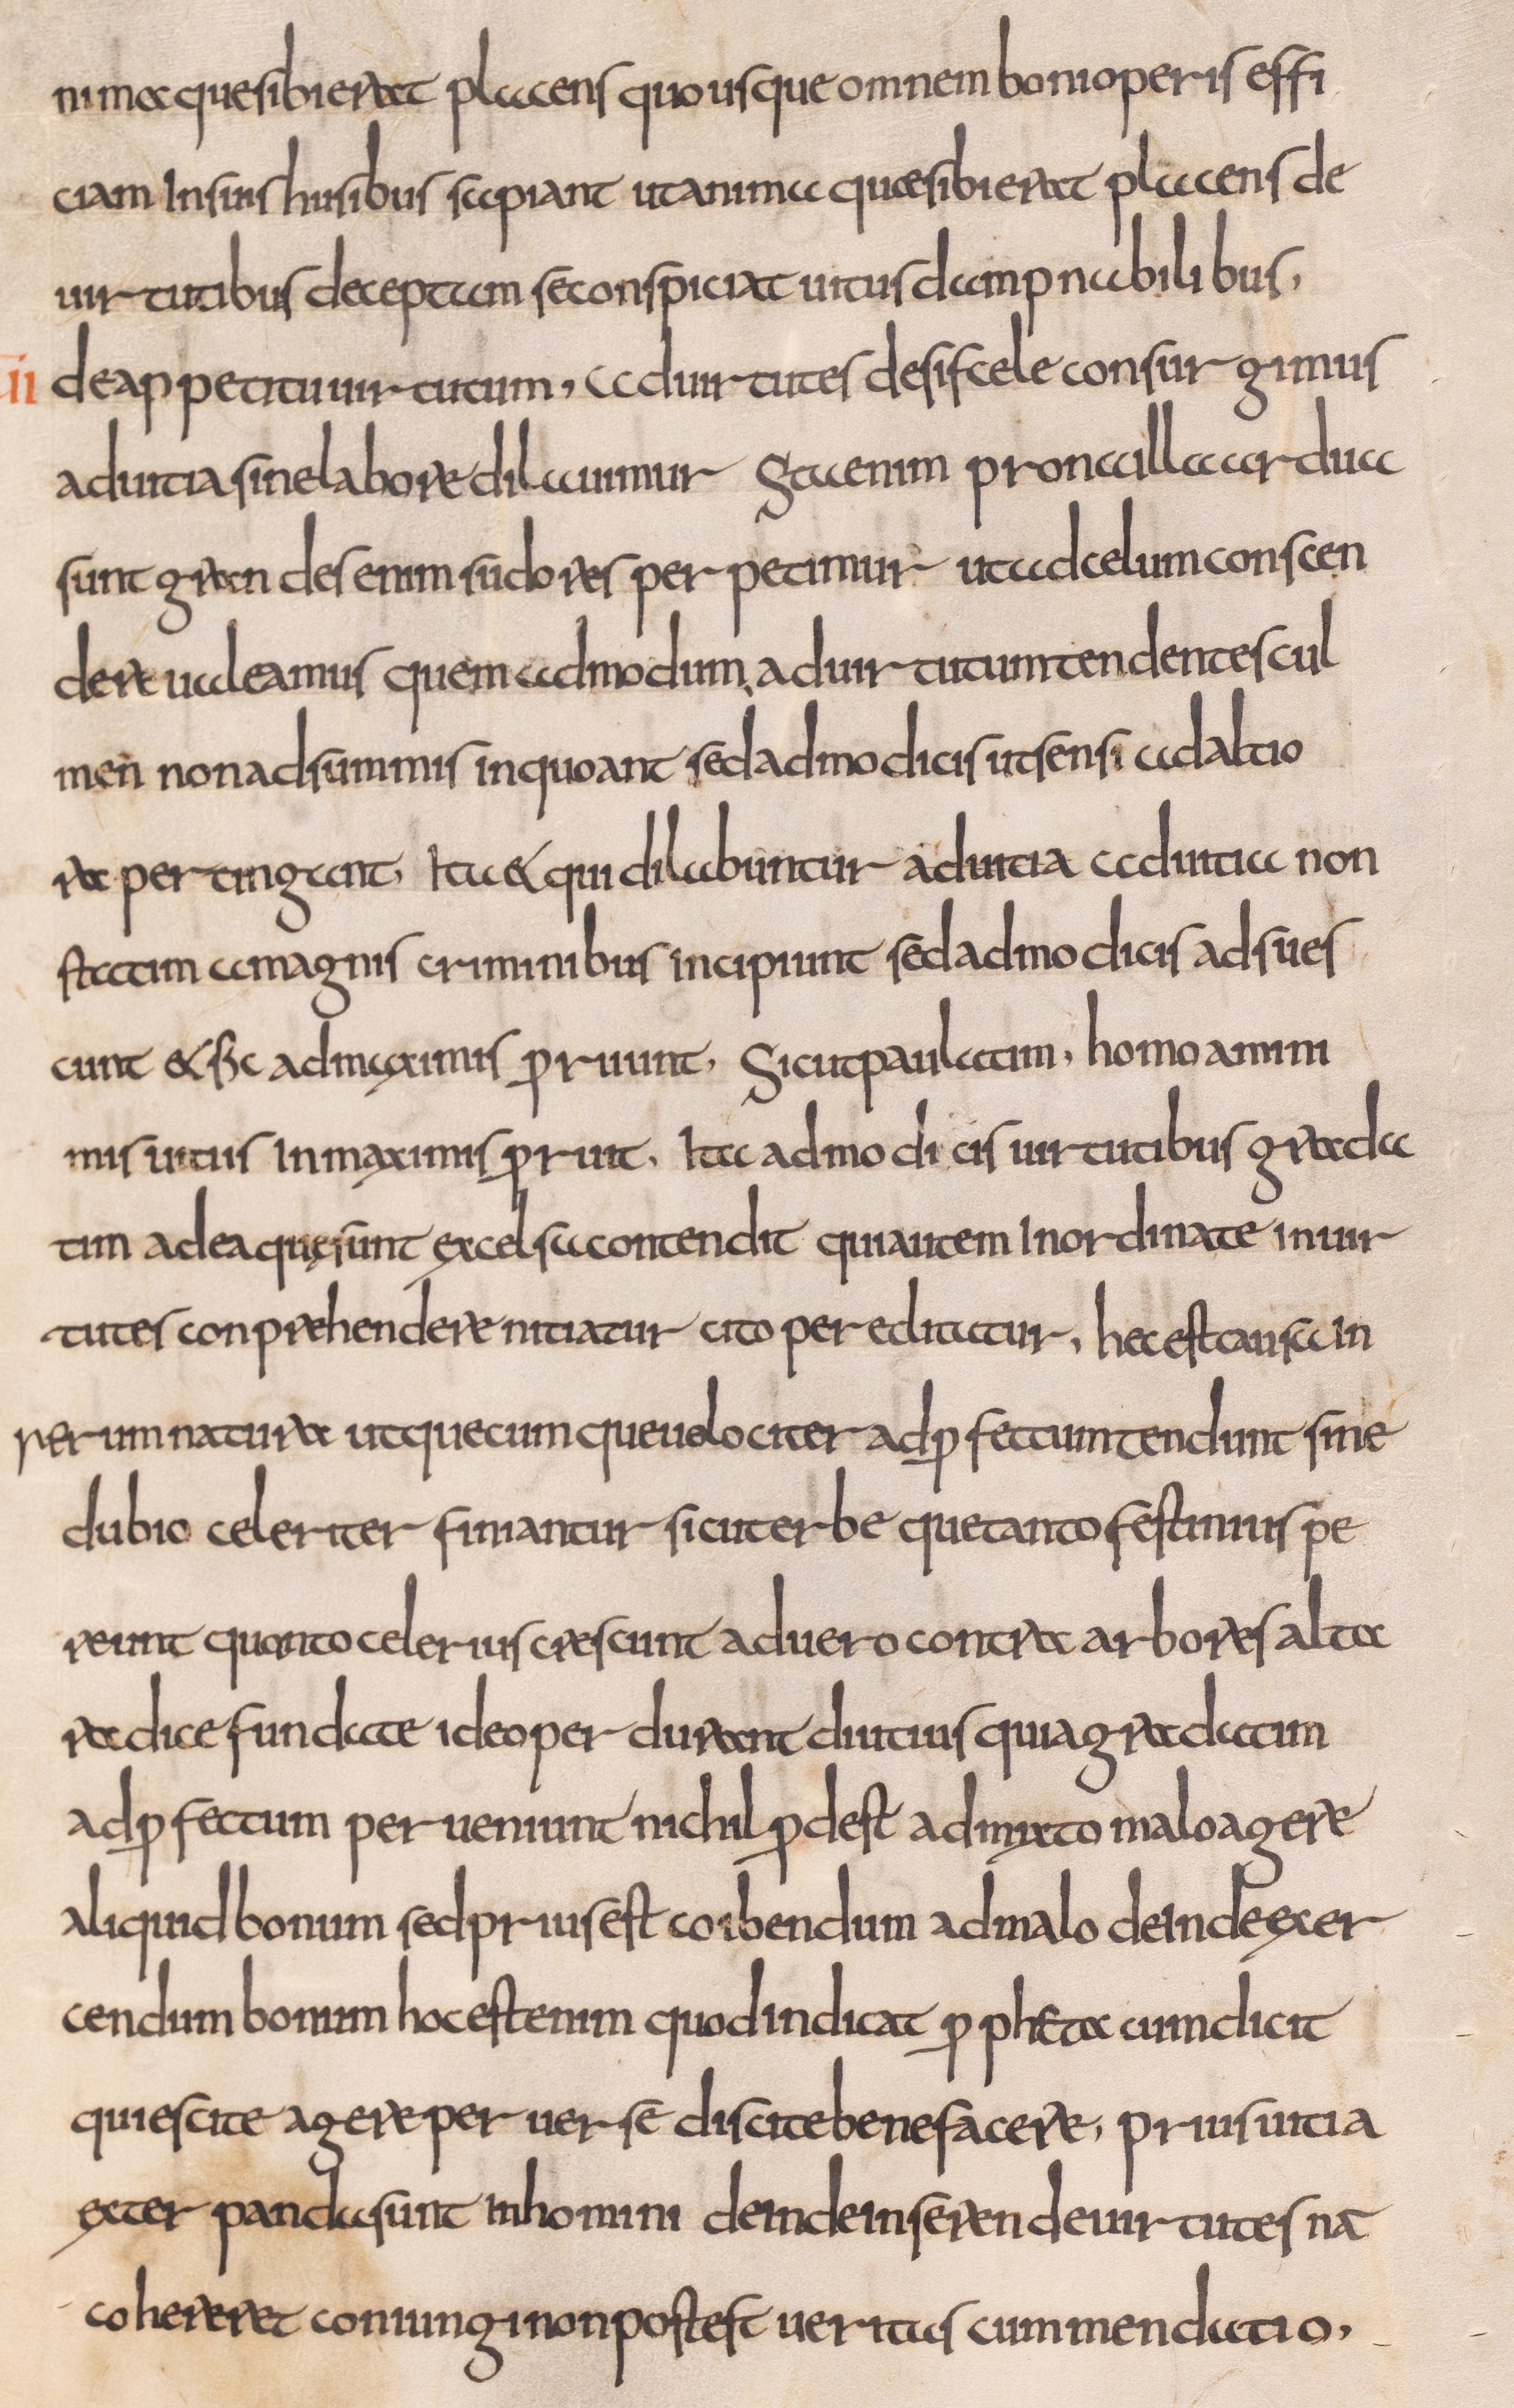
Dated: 800–832